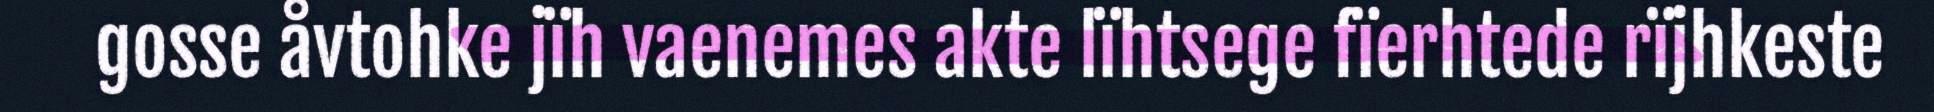
gosse åvtohke jïh vaenemes akte lïhtsege fïerhtede rïjhkeste